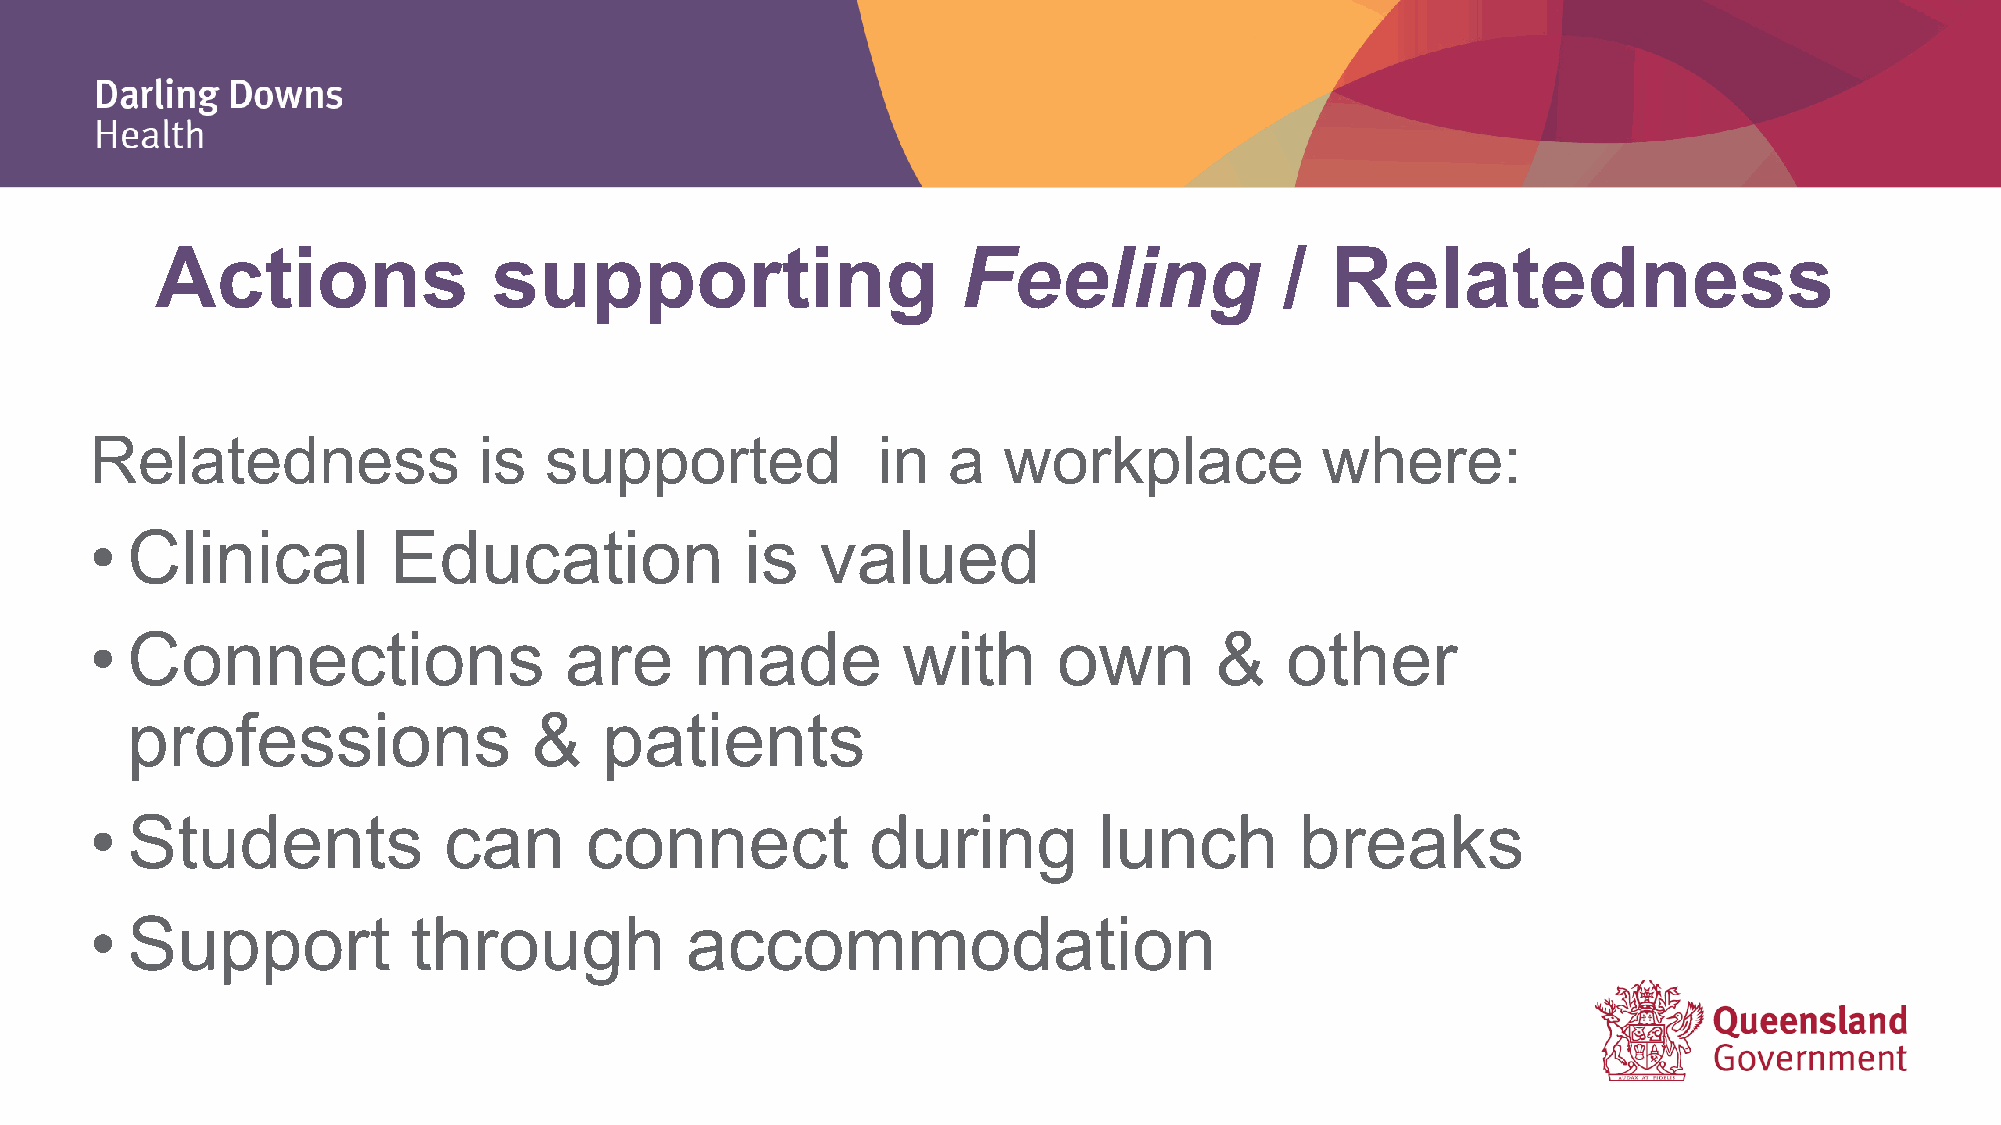
Actions                supporting                     Feeling              /  Relatedness
 Relatedness               is  supported             in   a  workplace            where:
 • Clinical          Education              is   valued
 • Connections                  are      made          with      own       &    other
 professions                &    patients
 • Students             can       connect            during         lunch        breaks
 • Support            through           accommodation